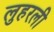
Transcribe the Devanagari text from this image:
लुहरली